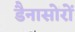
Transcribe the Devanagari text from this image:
डैनासोरों